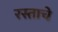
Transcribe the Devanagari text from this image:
रस्ताचे